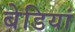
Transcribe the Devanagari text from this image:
बेडियां